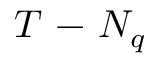
T \mathrm { ~ - ~ } N _ { q }